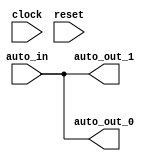
module BundleBridgeNexus_7(
  input         clock,
  input         reset,
  input  [31:0] auto_in,
  output [31:0] auto_out_1,
  output [31:0] auto_out_0
);
  assign auto_out_1 = auto_in; // @[Nodes.scala 1210:84 LazyModule.scala 309:16]
  assign auto_out_0 = auto_in; // @[Nodes.scala 1210:84 LazyModule.scala 309:16]
endmodule